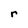
Character: r